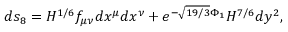
d s _ { 8 } = H ^ { 1 / 6 } f _ { \mu \nu } d x ^ { \mu } d x ^ { \nu } + e ^ { - \sqrt { 1 9 / 3 } \Phi _ { 1 } } H ^ { 7 / 6 } d y ^ { 2 } ,